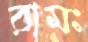
রামঃ